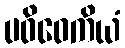
ပဝိဝေကိယံ